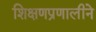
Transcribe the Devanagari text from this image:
शिक्षणप्रणालीने